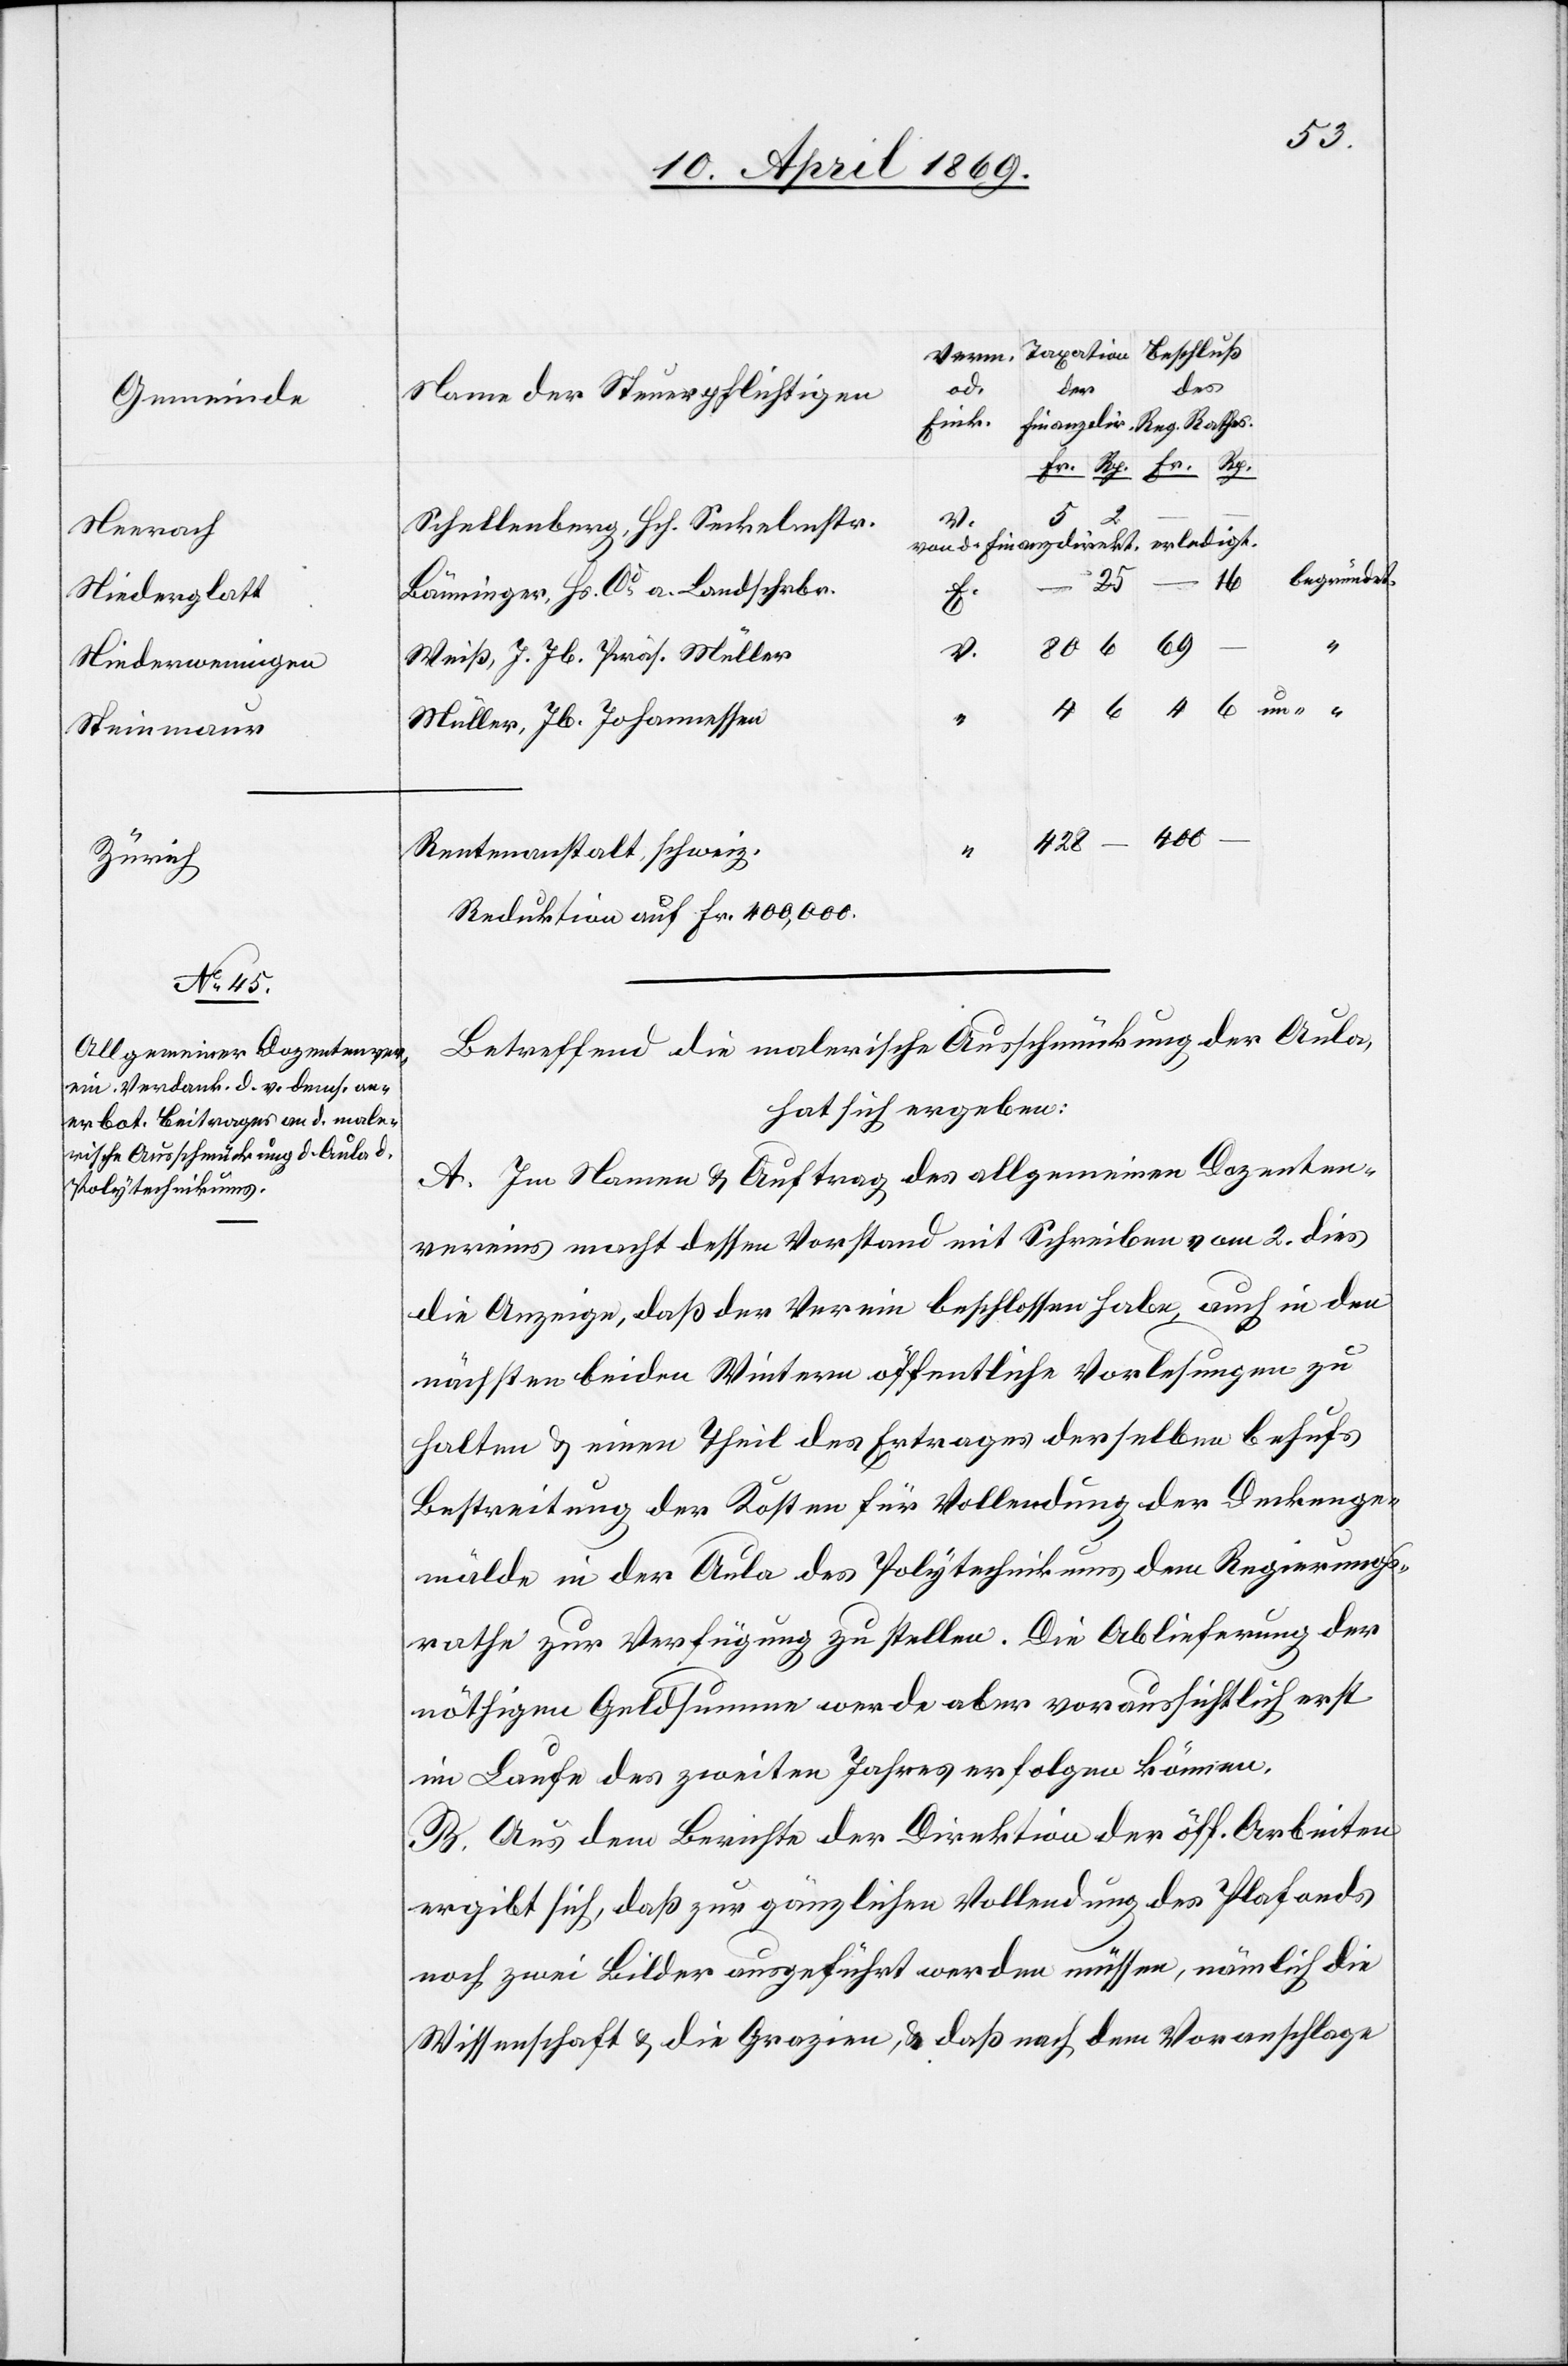
Neerach
Niederglatt
Niederweningen
Steinmaur
Zürich

Schellenberg, Hch. Seckelmstr.
von d. Finanzdirekt. Erledigt.
– 25
Bänninger, Hs. Cd. a. Landschrbr.
V.
Weiß, J. Jb. Präs. Müller
25
Müller, Jb. Johannessen
Rentenanstalt, schweiz.
Reduktion auf Fr. 400,000
Betreffend die malerische Ausschmückung der Aula,
hat sich ergeben:
A. Im Namen u. Auftrag des allgemeinen Dozenten¬
vereines macht dessen Vorstand mit Schreiben vom 2. dies
die Anzeige, daß der Verein beschlossen habe, auch in den
nächsten beiden Wintern öffentliche Vorlesungen zu
halten u. einen Theil des Ertrages derselben behufs
Bestreitung der Kosten für Vollendung der Denkge¬
mälde in der Aula des Polytechnikums dem Regierungs¬
rathe zur Verfügung zu stellen. Die Ablieferung der
nöthigen Geldsumme werde aber voraussichtlich erst
im Laufe des zweiten Jahres erfolgen können.
B. Aus dem Berichte der Direktion der öff. Arbeiten
ergibt sich, daß zur gänzlichen Vollendung des Plafonds
noch zwei Bilder ausgeführt werden müssen, nämlich die
Wissenschaft u. die Grazien, u. daß nach dem Voranschlage